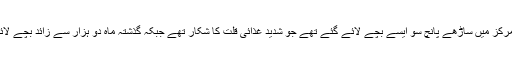
انھوں نے بتایا کہ جولائی کے مہینے میں ان کی تنظیم کےڈیرہ مراد جمالی میں قائم ایک مرکز میں ساڑھے پانچ سو ایسے بچے لائے گئے تھے جو شدید غذائی قلت کا شکار تھے جبکہ گذشتہ ماہ دو ہزار سے زائد بچے لائے گئے جس سے اندازہ ہوتا ہے کہ متاثرہ بچوں کی تعداد میں تیزی سےاضافہ ہو رہاہے ۔